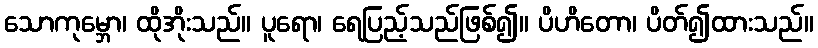
သောကုမ္ဘော၊ ထိုအိုးသည်။ ပူရော၊ ရေပြည့်သည်ဖြစ်၍။ ပိဟိတော၊ ပိတ်၍ထားသည်။